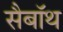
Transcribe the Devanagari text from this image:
सैबॉथ